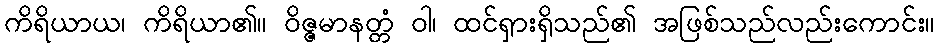
ကိရိယာယ၊ ကိရိယာ၏။ ဝိဇ္ဇမာနတ္တံ ဝါ၊ ထင်ရှားရှိသည်၏ အဖြစ်သည်လည်းကောင်း။